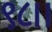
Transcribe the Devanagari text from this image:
९८।।